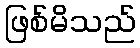
ဖြစ်မိသည်